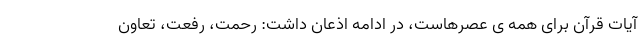
آیات قرآن برای همه ی عصرهاست، در ادامه اذعان داشت: رحمت، رفعت، تعاون